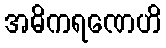
အဓိကရဏေဟိ